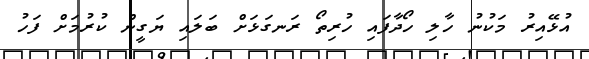
އުޅޭއިރު މަކުނު ހާލި ހޯދާފައި ހުރިތޯ ރަނގަޅަށް ބަލައި ޔަގީން ކުރުމަށް ފަހު